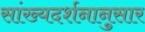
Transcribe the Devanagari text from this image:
सांख्यदर्शनानुसार